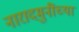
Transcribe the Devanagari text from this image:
नारादमुनींच्या